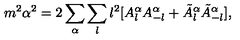
m ^ { 2 } \alpha ^ { 2 } = 2 \sum _ { \alpha } \sum _ { l } l ^ { 2 } [ A _ { l } ^ { \alpha } A _ { - l } ^ { \alpha } + \tilde { A } _ { l } ^ { \alpha } \tilde { A } _ { - l } ^ { \alpha } ] ,